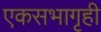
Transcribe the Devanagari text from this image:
एकसभागृही